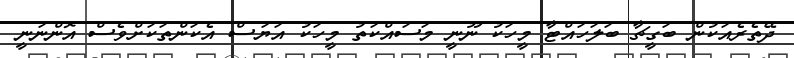
ދޭތެރެއަކުން ބަގީޗާ ބަލަހައްޓާ މީހަކު ނޫނީ މަސައްކަތު މީހަކު އަޔަސް އެކަންތަކަށްވެސް އޮންނަނީ